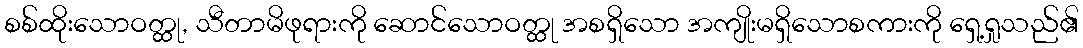
စစ်ထိုးသောဝတ္ထု, သီတာမိဖုရားကို ဆောင်သောဝတ္ထု အစရှိသော အကျိုးမရှိသောစကားကို ရှေ့ရှုသည်၏